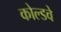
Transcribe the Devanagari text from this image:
कोल्डवे